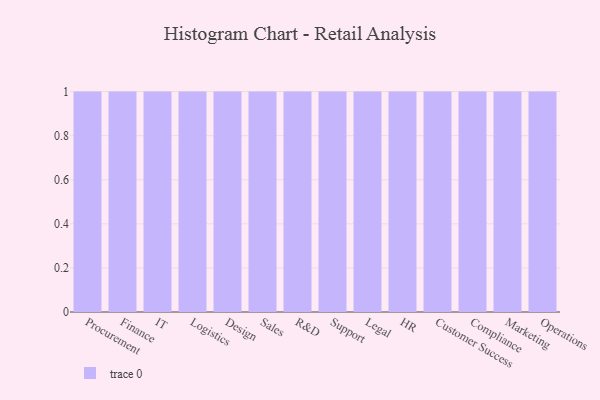
{"axis": {"x": "Department", "y": "Customer Acquisition Cost (USD)"}, "legend": [""], "data": [{"x": "Procurement", "y": 56, "type": ""}, {"x": "Finance", "y": 44, "type": ""}, {"x": "IT", "y": 83, "type": ""}, {"x": "Logistics", "y": 23, "type": ""}, {"x": "Design", "y": 55, "type": ""}, {"x": "Sales", "y": 98, "type": ""}, {"x": "R&D", "y": 77, "type": ""}, {"x": "Support", "y": 56, "type": ""}, {"x": "Legal", "y": 79, "type": ""}, {"x": "HR", "y": 71, "type": ""}, {"x": "Customer Success", "y": 26, "type": ""}, {"x": "Compliance", "y": 30, "type": ""}, {"x": "Marketing", "y": 99, "type": ""}, {"x": "Operations", "y": 65, "type": ""}]}